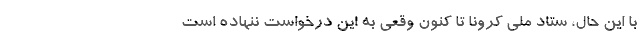
با این حال، ستاد ملی کرونا تا کنون وقعی به این درخواست ننهاده است